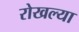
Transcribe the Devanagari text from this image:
रोखल्या